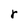
Character: r